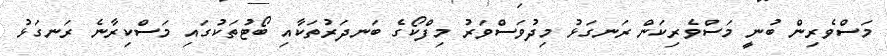
މަސްވެރިން ބުނީ މަސްވެރިކަން ރަނގަޅު މިދުވަސްވަރު މިފްކޯގެ ބަނދަރުތަކާއި ބޯޓުތަކުގައި މަސްކިރާނެ ރަނގަޅު